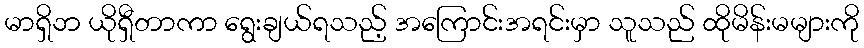
မာရှိဘ ယိုရှီတာကာ ရွေးချယ်ရသည့် အကြောင်းအရင်းမှာ သူသည် ထိုမိန်းမများကို